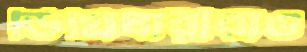
ডিগ্রিধারীরাও